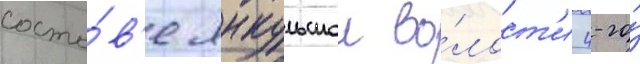
соста́в'е янкульскои во́лост'и 4-го́